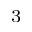
^ 3